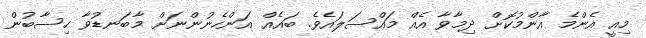
މިއީ އެންމެ އާންމުކޮށް ދިމާވާ އެއް މައްސަލައެވެ. ބައެއް އަންހެނުންނަށް މާބަނޑުވާ ހިސާބުން